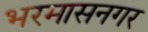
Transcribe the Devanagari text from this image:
भरमासनगर